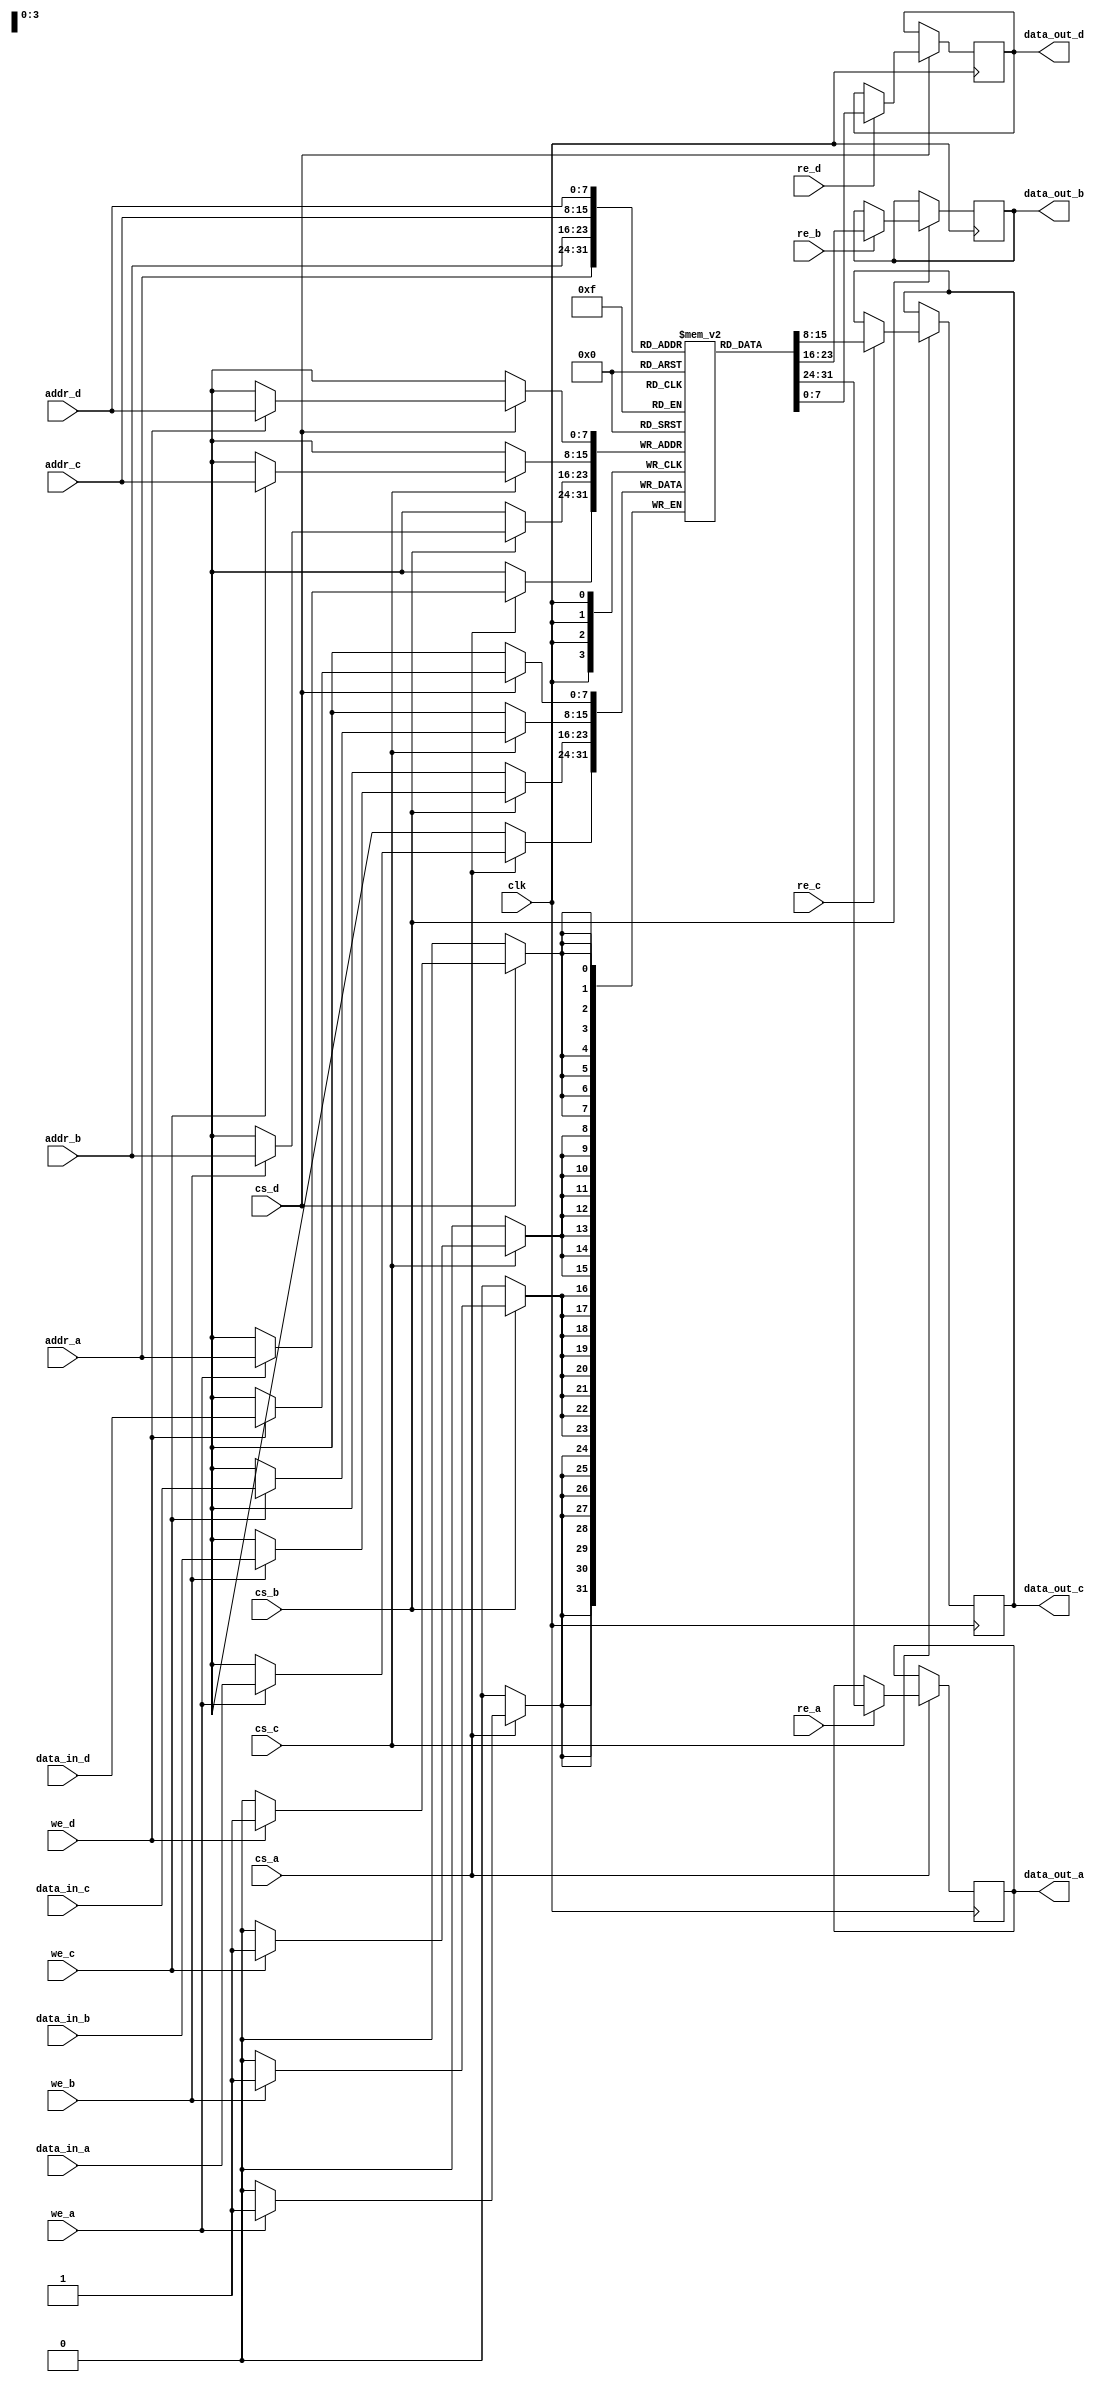
module quad_port_sram #(
    parameter DATA_WIDTH = 8,  // Width of each memory location in bits
    parameter ADDR_WIDTH = 8,  // Number of addressable locations
    parameter DEPTH = 1 << ADDR_WIDTH // Total number of addressable locations
) (
    input wire clk,
    
    // Port A
    input wire [ADDR_WIDTH-1:0] addr_a,
    input wire [DATA_WIDTH-1:0] data_in_a,
    output reg [DATA_WIDTH-1:0] data_out_a,
    input wire we_a, // Write enable for Port A
    input wire re_a, // Read enable for Port A
    input wire cs_a, // Chip select for Port A

    // Port B
    input wire [ADDR_WIDTH-1:0] addr_b,
    input wire [DATA_WIDTH-1:0] data_in_b,
    output reg [DATA_WIDTH-1:0] data_out_b,
    input wire we_b, // Write enable for Port B
    input wire re_b, // Read enable for Port B
    input wire cs_b, // Chip select for Port B

    // Port C
    input wire [ADDR_WIDTH-1:0] addr_c,
    input wire [DATA_WIDTH-1:0] data_in_c,
    output reg [DATA_WIDTH-1:0] data_out_c,
    input wire we_c, // Write enable for Port C
    input wire re_c, // Read enable for Port C
    input wire cs_c, // Chip select for Port C

    // Port D
    input wire [ADDR_WIDTH-1:0] addr_d,
    input wire [DATA_WIDTH-1:0] data_in_d,
    output reg [DATA_WIDTH-1:0] data_out_d,
    input wire we_d, // Write enable for Port D
    input wire re_d, // Read enable for Port D
    input wire cs_d  // Chip select for Port D
);

    // Memory array
    reg [DATA_WIDTH-1:0] mem_array [0:DEPTH-1];

    // Port A control
    always @(posedge clk) begin
        if (cs_a) begin
            if (we_a) begin
                mem_array[addr_a] <= data_in_a; // Write operation
            end
            if (re_a) begin
                data_out_a <= mem_array[addr_a]; // Read operation
            end
        end
    end

    // Port B control
    always @(posedge clk) begin
        if (cs_b) begin
            if (we_b) begin
                mem_array[addr_b] <= data_in_b; // Write operation
            end
            if (re_b) begin
                data_out_b <= mem_array[addr_b]; // Read operation
            end
        end
    end

    // Port C control
    always @(posedge clk) begin
        if (cs_c) begin
            if (we_c) begin
                mem_array[addr_c] <= data_in_c; // Write operation
            end
            if (re_c) begin
                data_out_c <= mem_array[addr_c]; // Read operation
            end
        end
    end

    // Port D control
    always @(posedge clk) begin
        if (cs_d) begin
            if (we_d) begin
                mem_array[addr_d] <= data_in_d; // Write operation
            end
            if (re_d) begin
                data_out_d <= mem_array[addr_d]; // Read operation
            end
        end
    end

endmodule